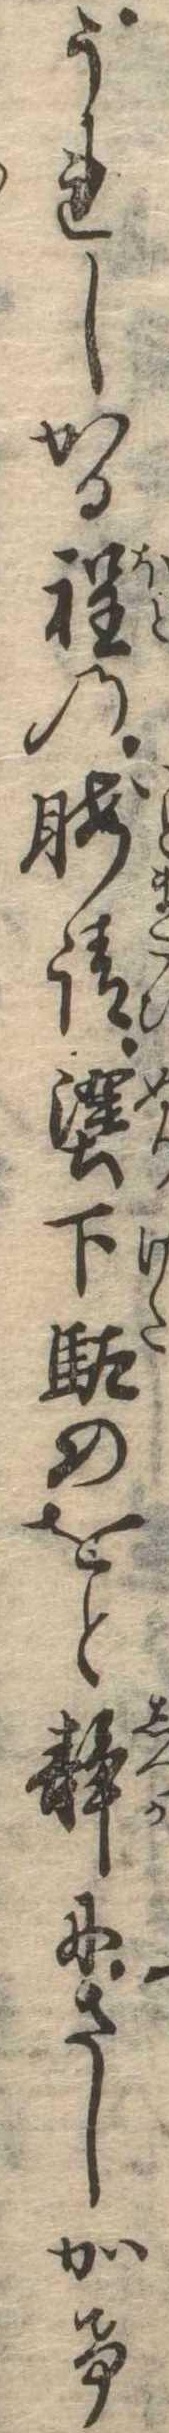
うれしかる程の暇請塗下駄のをと静にさしかけ